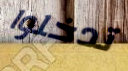
تدخلوا